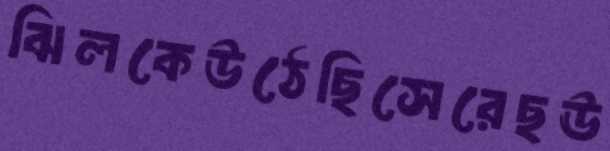
ঝিলকেউঠেছিসেরেছঊ